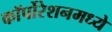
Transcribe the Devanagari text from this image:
कॉर्पोरेशनमध्ये